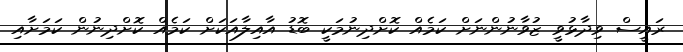
ރައީސް ވިދާޅުވީ ޒުވާނުންނަށް ކަމެއް ކޮށްދިނުމަކީ ބޮޑު އާއިލާއަކަށް ކަމެއް ކޮށްދިނުން ކަމަށާއި